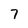
Character: 7